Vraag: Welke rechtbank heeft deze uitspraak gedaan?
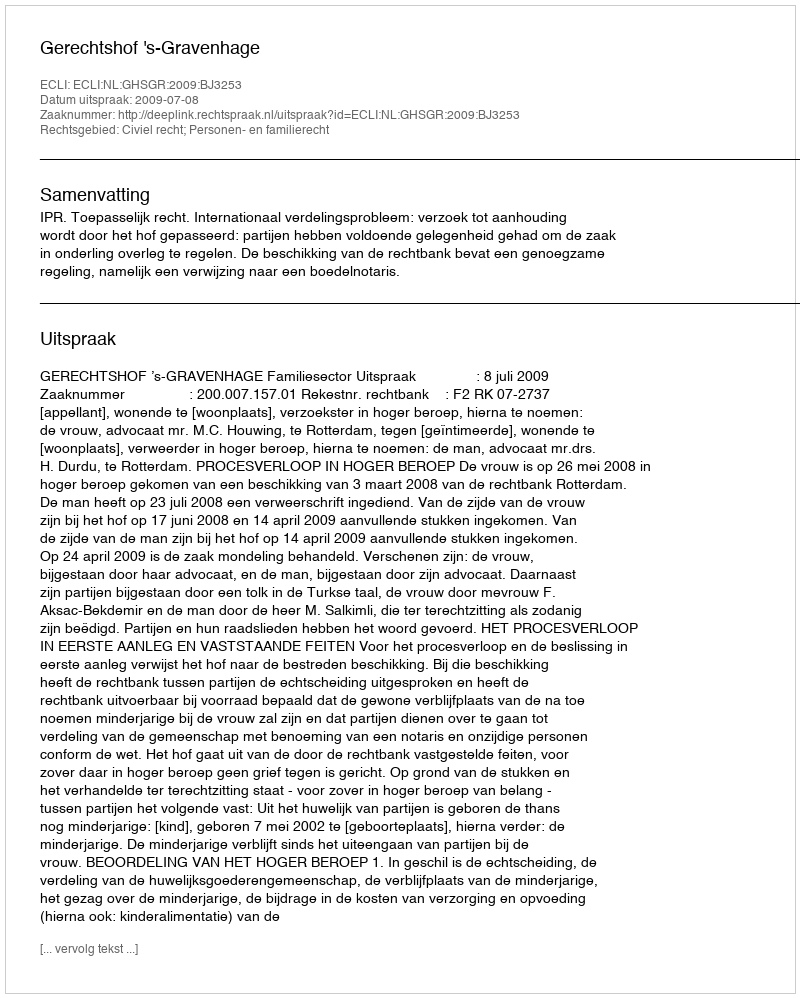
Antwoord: Gerechtshof 's-Gravenhage